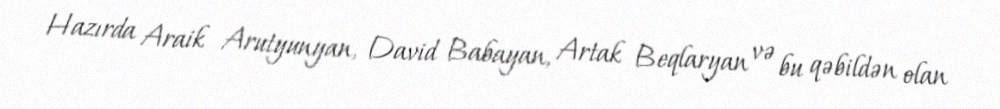
Hazırda Araik Arutyunyan, David Babayan, Artak Beqlaryan və bu qəbildən olan